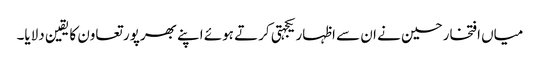
میاں افتخارحسین نے ان سے اظہار یکجہتی کرتے ہوئے اپنے بھرپور تعاون کا یقین دلایا۔